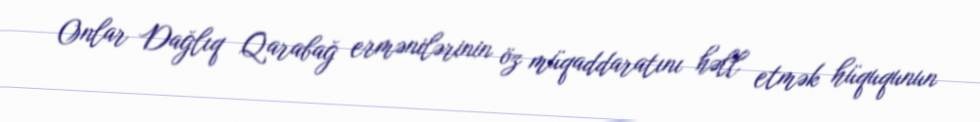
Onlar Dağlıq Qarabağ ermənilərinin öz müqaddaratını həll etmək hüququnun